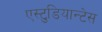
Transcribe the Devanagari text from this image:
एस्टुडियान्टेस